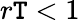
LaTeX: r\mathtt{T}<1